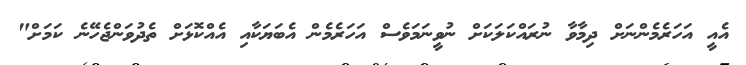
އެއީ އަހަރެމެންނަށް ދިމާވާ ނުރައްކަލަކަށް ނުވީނަމަވެސް އަހަރެމެން އެބަޔަކާއި އެއްކޮޅަށް ތެދުވަންޖެހޭނެ ކަމަށް"